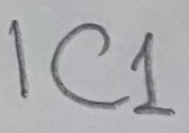
Text: IC1